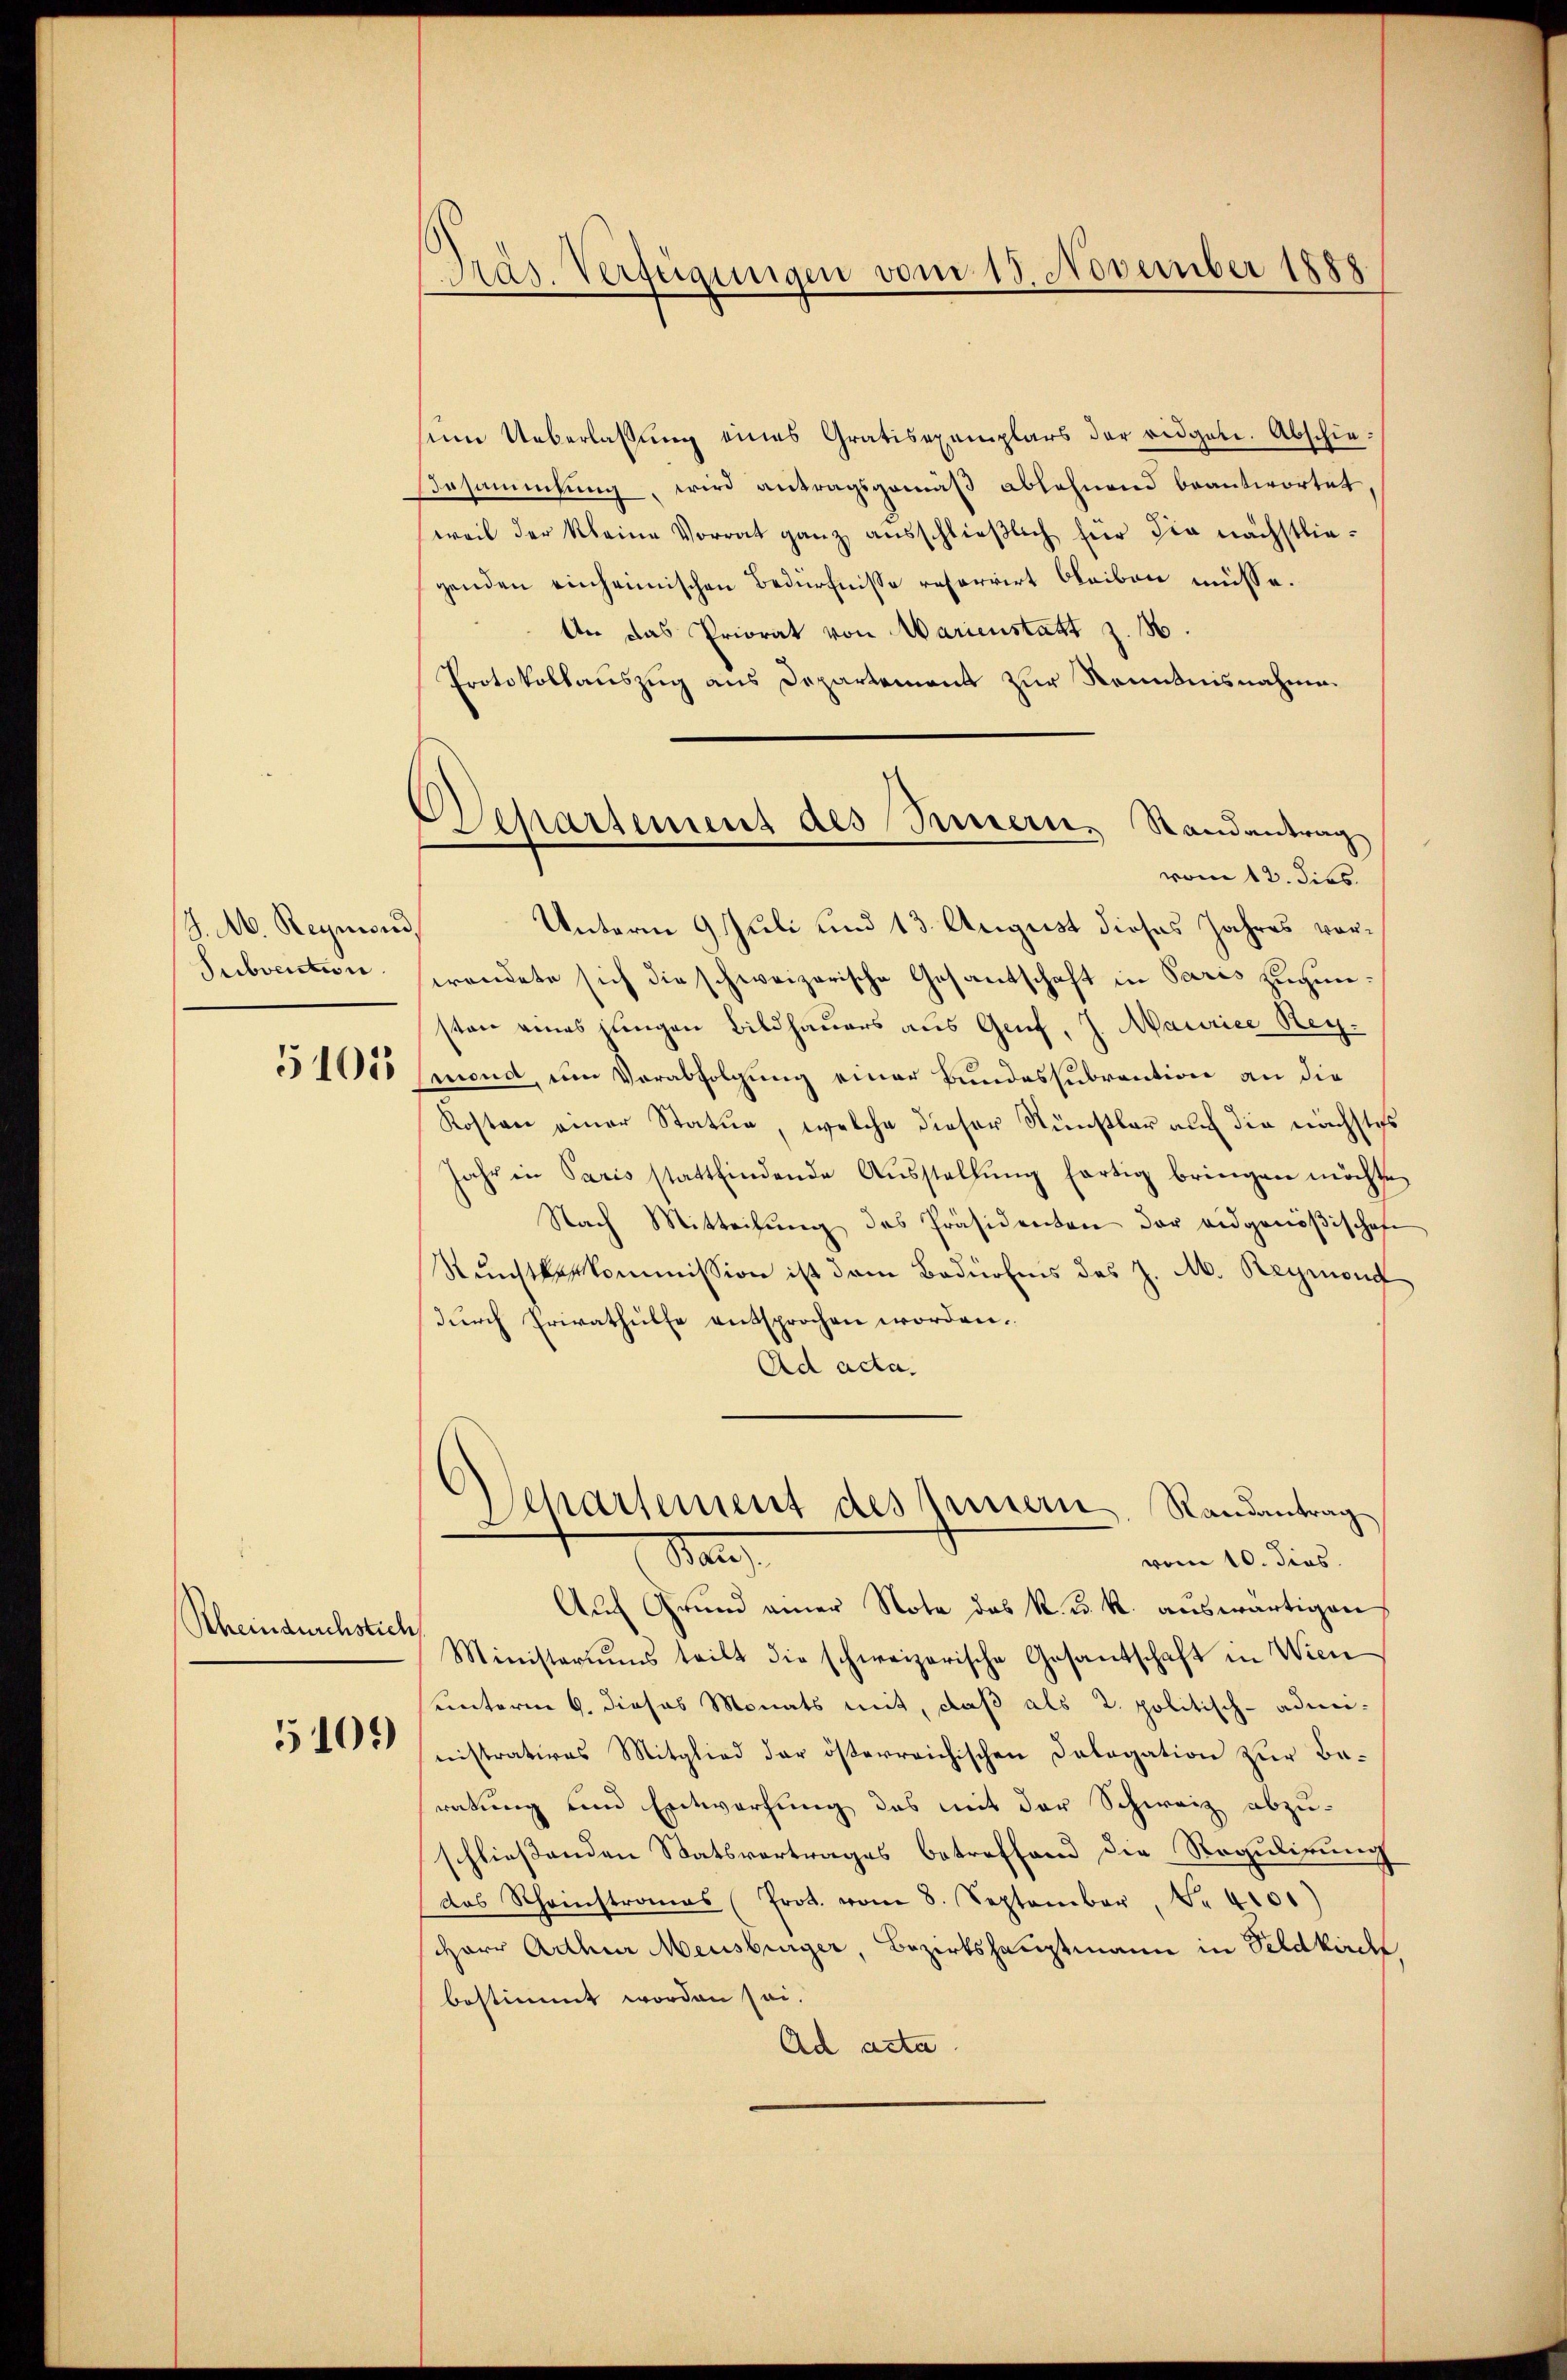
J. M. Reymons
Subvention
5101

Rheindurchstich

5109)

Präs. Verfügungen vom 15. November 1888

Departement des Sinnern, Randantrag

sem Ueberlaßung eines Gratisexemplars der eidgen. Abschiersammlung, wird antragsgemäβ ablehnend beantwortet
weil der kleine Vorrat ganz ausschließlich hier die nächstliegenden einheimischen Bedürfnisse reforrirt bleiben müsse.
An das Priorat von Marienstatt z. B.
Protokollauszug aus Departement zur Kenntnisnahme.
vom 12. dies
Unterm 9. Juli und 13. August dieses Jahres vorerendete sich die schweizerische Gesantschaft in Paris zugunsten eines jungen Bildhauers aus Genf, J. Maurice Reg.
mond, um Verabfolgung einer Bundessubvention an die
Kosten einer Statur, welche dieser Kunstbar auf die nächste
Jahr in Paris stattfindende Aŭsstellŭng fortig bringen möchte,
Nach Mitteilung des Präsidenten der eidgenößischafe
Kunstkeskommission ist dem Bedürfnis des J. M. Reymond
durch Erivathülfe entsprochen worden.
Ad acta.
Departement des Innern, Randantrag
Ba
vom 10. dies
Auf Grund einer Note das k. k. k. auswärtigen
Ministeriums teilt die schweizerische Gesantschaft in Wien
unterm 9. dieses Monats mit, daß als 2. politisch-administratives Mitglied der österreichischen Delegation zur Beratung und Entwerfung des mit der Schweiz abzu-
schließenden Statsvertrages betreffend die Regulirung
das Rheinstranas (Prot. vom 8. September, . 4101)
sherr Adler Mensburger, Bezirkshauptmann in Feldkirch
bestimmt worden sei.
Ad acta